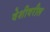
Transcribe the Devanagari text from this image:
वेशीवरील